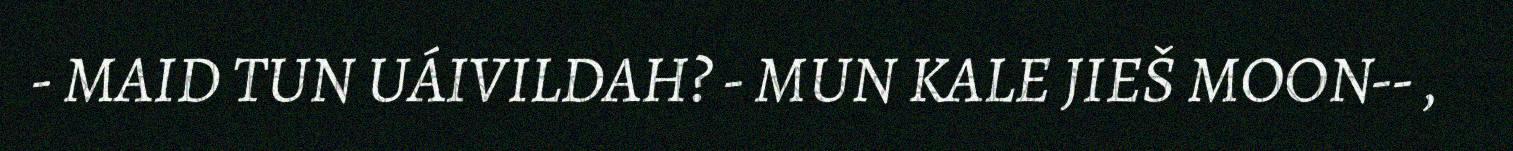
- MAID TUN UÁIVILDAH? - MUN KALE JIEŠ MOON-- ,